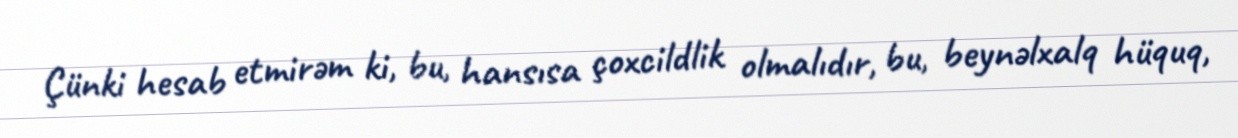
Çünki hesab etmirəm ki, bu, hansısa çoxcildlik olmalıdır, bu, beynəlxalq hüquq,